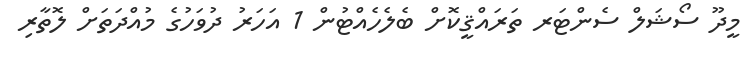
މީދޫ ސޯޝަލް ސެންޓަރ ތަރައްޤީކޮށް ބެލެހެއްޓުން 1 އަހަރު ދުވަހުގެ މުއްދަތަށް ލޮތާރި